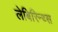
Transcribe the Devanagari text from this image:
लेबिरिन्थ्स